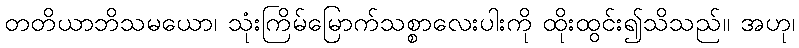
တတိယာဘိသမယော၊ သုံးကြိမ်မြောက်သစ္စာလေးပါးကို ထိုးထွင်း၍သိသည်။ အဟု၊